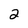
Character: 2